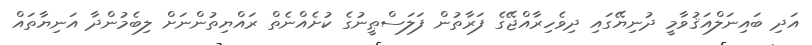
އަދި ބައިނަލްއަޤުވާމީ ދުނިިޔޭގައި ދިވެހިރާއްޖޭގެ ފަރާތުން ފަލަސްޠީނުގެ ކުށެއްނެތް ރައްޔިތުންނަށް ލިބެމުންދާ އަނިޔާތައް